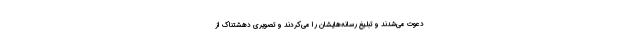
دعوت می‌شدند و تبلیغ رسانه‌هایشان را می‌کردند و تصویری دهشتناک از